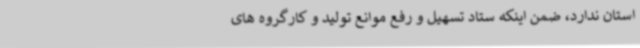
استان ندارد، ضمن اینکه ستاد تسهیل و رفع موانع تولید و کارگروه های